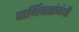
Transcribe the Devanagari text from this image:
पार्थिवासंबंधी